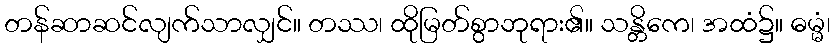
တန်ဆာဆင်လျက်သာလျှင်။ တဿ၊ ထိုမြတ်စွာဘုရား၏။ သန္တိကေ၊ အထံ၌။ ဓမ္မံ၊